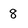
Character: 8